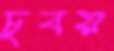
চুবয়